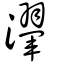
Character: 瀈